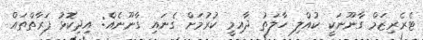
ޓެރެރިޒަމް ގާނޫނަކީ ކުއްލި ހާލަތު ދާއިމީ ކުރުމަށް ގެނައި ގާނޫނެއް: އިދިކޮޅު ފަރާތްތައް